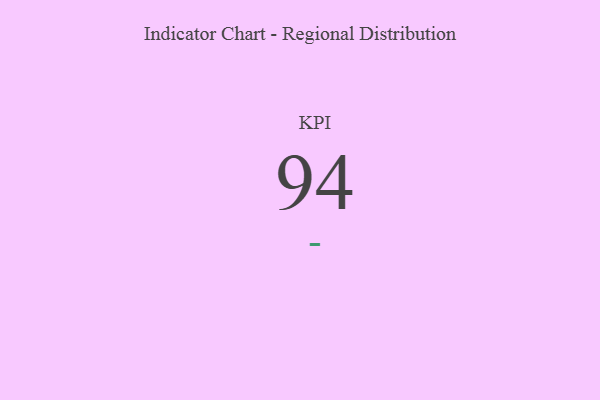
{"axis": {"x": "KPI", "y": "Value"}, "legend": [""], "data": [{"x": "KPI", "y": 94, "type": ""}]}